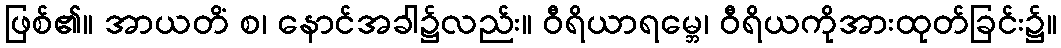
ဖြစ်၏။ အာယတိံ စ၊ နောင်အခါ၌လည်း။ ဝီရိယာရမ္ဘေ၊ ဝီရိယကိုအားထုတ်ခြင်း၌။